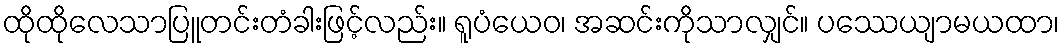
ထိုထိုလေသာပြူတင်းတံခါးဖြင့်လည်း။ ရူပံယေဝ၊ အဆင်းကိုသာလျှင်။ ပဿေယျာမယထာ၊